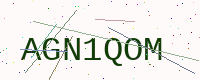
Text: AGN1QOM